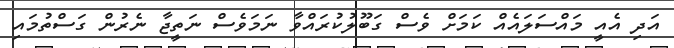
އަދި އެއީ މައްސަލައެއް ކަމަށް ވެސް ގަބޫލުކުރައްވާ ނަމަވެސް ނަތީޖާ ނެރުން ގަސްތުމައި